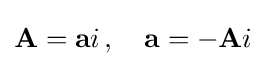
\mathbf {A} =\mathbf {a} i\,,\quad \mathbf {a} =-\mathbf {A} i